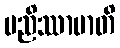
မညိဿာမာတိ